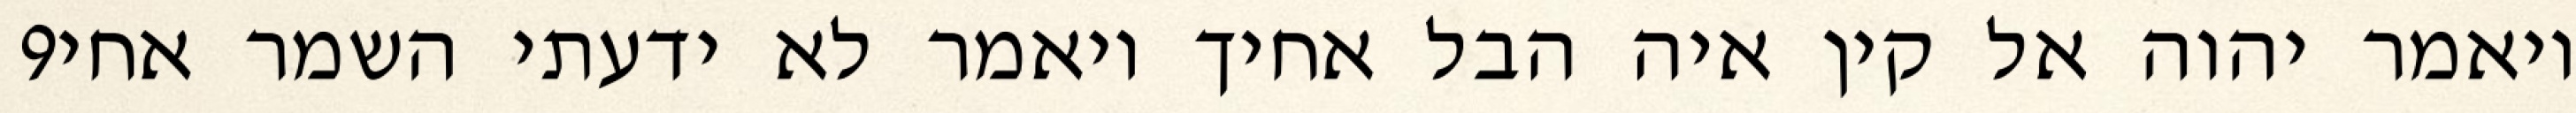
‎9‏ ויאמר יהוה אל קין איה הבל אחיך ויאמר לא ידעתי השמר אחי